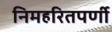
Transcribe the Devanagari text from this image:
निमहरितपर्णी